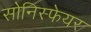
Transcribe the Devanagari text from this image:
सोनिस्फेयर